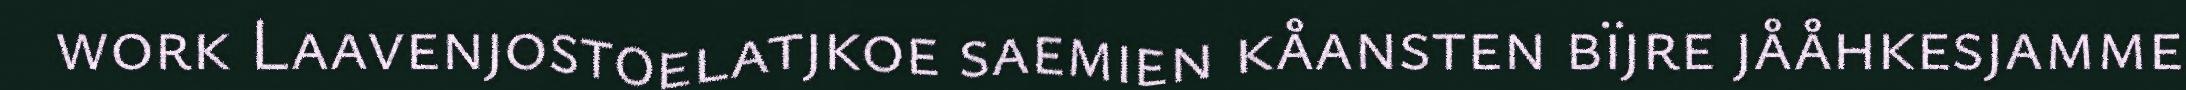
work Laavenjostoelatjkoe saemien kåansten bïjre jååhkesjamme